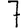
Digit: 7